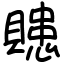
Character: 贃